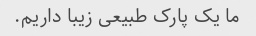
ما یک پارک طبیعی زیبا داریم.